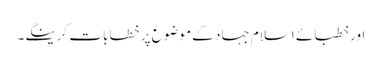
اور خطبائے اسلام جہاد کے موضوع پر خطابات کرینگے۔